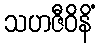
သဟဇီဝိနိံ